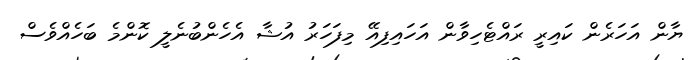
ޔާން އަހަރެން ކައިރީ ރައްޓެހިވާން އަހައިފިއޭ މިފަހަރު އުޝާ އެހެންބުނެލީ ކޮންމެ ބަހެއްވެސް